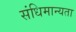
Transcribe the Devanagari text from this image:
संधिमान्यता